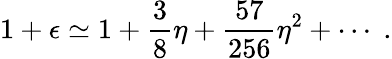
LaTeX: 1+\epsilon\simeq 1+\frac{3}{8}\eta+\frac{57}{256}\eta^{2}+\cdots\; .